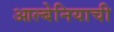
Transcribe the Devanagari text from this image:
आल्बेनियाची